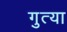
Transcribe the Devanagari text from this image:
गुत्या